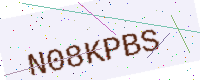
Text: N08KPBS